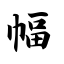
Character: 幅